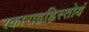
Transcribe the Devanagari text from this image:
रकाराद्वह्निस्तोयं